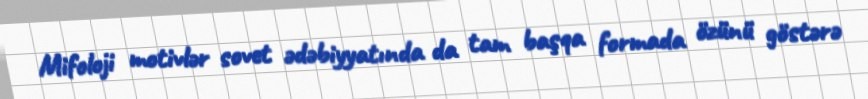
Mifoloji motivlər sovet ədəbiyyatında da tam başqa formada özünü göstərə